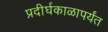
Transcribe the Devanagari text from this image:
प्रदीर्घकाळापर्यंत